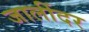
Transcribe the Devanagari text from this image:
जालींदर